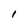
Character: 1